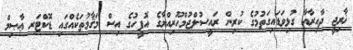
ޚާރިޖީ ދާއިރާއާ ގުޅިވަޑައިގަތުމުގެ ކުރިން ރައީސުލްޖުމްހޫރިއްޔާގެ އޮފީހުގެ އިސް މަޤާމުތަކެއްގައި ޑޮކްޓަރ ޢާޞިމް